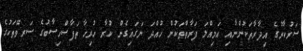
ސަރުކާރުގެ އިދާރާތަކުންނާއި އަމިއްލަ ފަރާތްތަކުން ހުއްދަ ނަގައިގެން ކުރާ ހުރިހާ ތަފާސްހިސާބުގެ ސަރވޭތަކުގެ